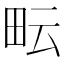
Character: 𤱂